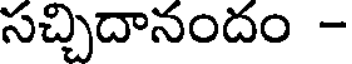
సచ్చిదానందం -